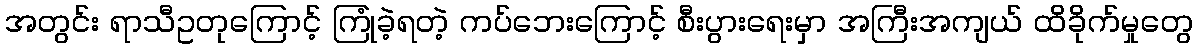
အတွင်း ရာသီဥတုကြောင့် ကြုံခဲ့ရတဲ့ ကပ်ဘေးကြောင့် စီးပွားရေးမှာ အကြီးအကျယ် ထိခိုက်မှုတွေ